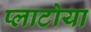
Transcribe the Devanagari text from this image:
प्लाटोया